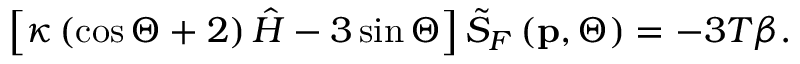
\left[ \kappa \left( \cos \Theta + 2 \right) \hat { H } - 3 \sin \Theta \right] \tilde { S } _ { F } \left( \mathbf { p } , \Theta \right) = - 3 T \beta .